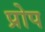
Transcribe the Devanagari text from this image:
प्रोप